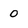
Character: 0